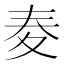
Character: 𡕤